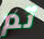
تم